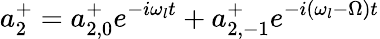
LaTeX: a_{2}^{+}=a_{2,0}^{+}e^{-i\omega_{l}t}+a_{2,-1}^{+}e^{-i(\omega_{l}-\Omega)t}